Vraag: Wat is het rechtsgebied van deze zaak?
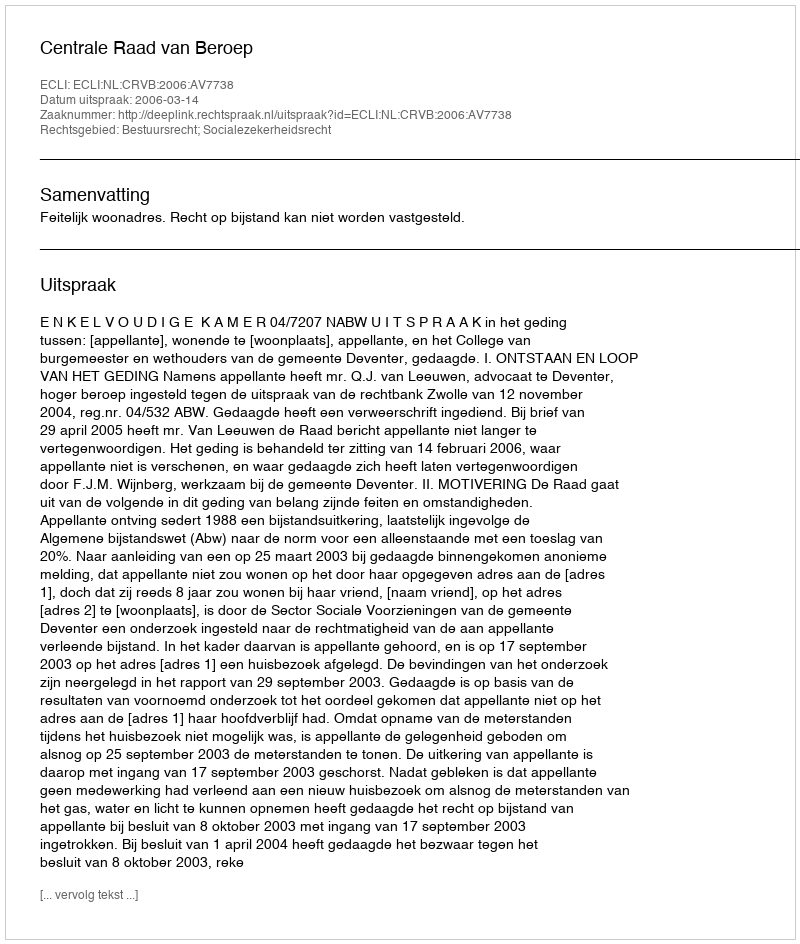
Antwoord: Bestuursrecht; Socialezekerheidsrecht